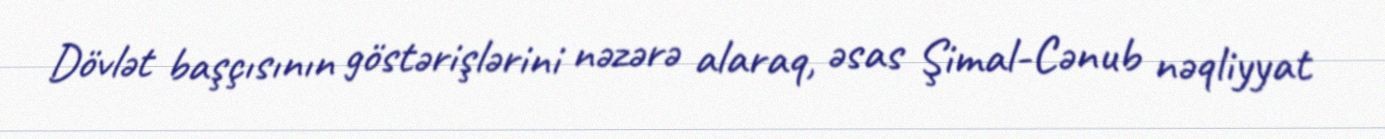
Dövlət başçısının göstərişlərini nəzərə alaraq, əsas Şimal-Cənub nəqliyyat